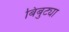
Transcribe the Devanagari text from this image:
बिबुट्या